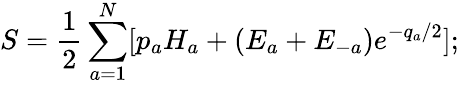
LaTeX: S={\frac{1}{2}}\sum_{a=1}^{N}[p_{a}H_{a}+(E_{a}+E_{-a}){e^{-q_{a}/2}}];